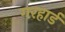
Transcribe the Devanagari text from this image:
गरहार्ड